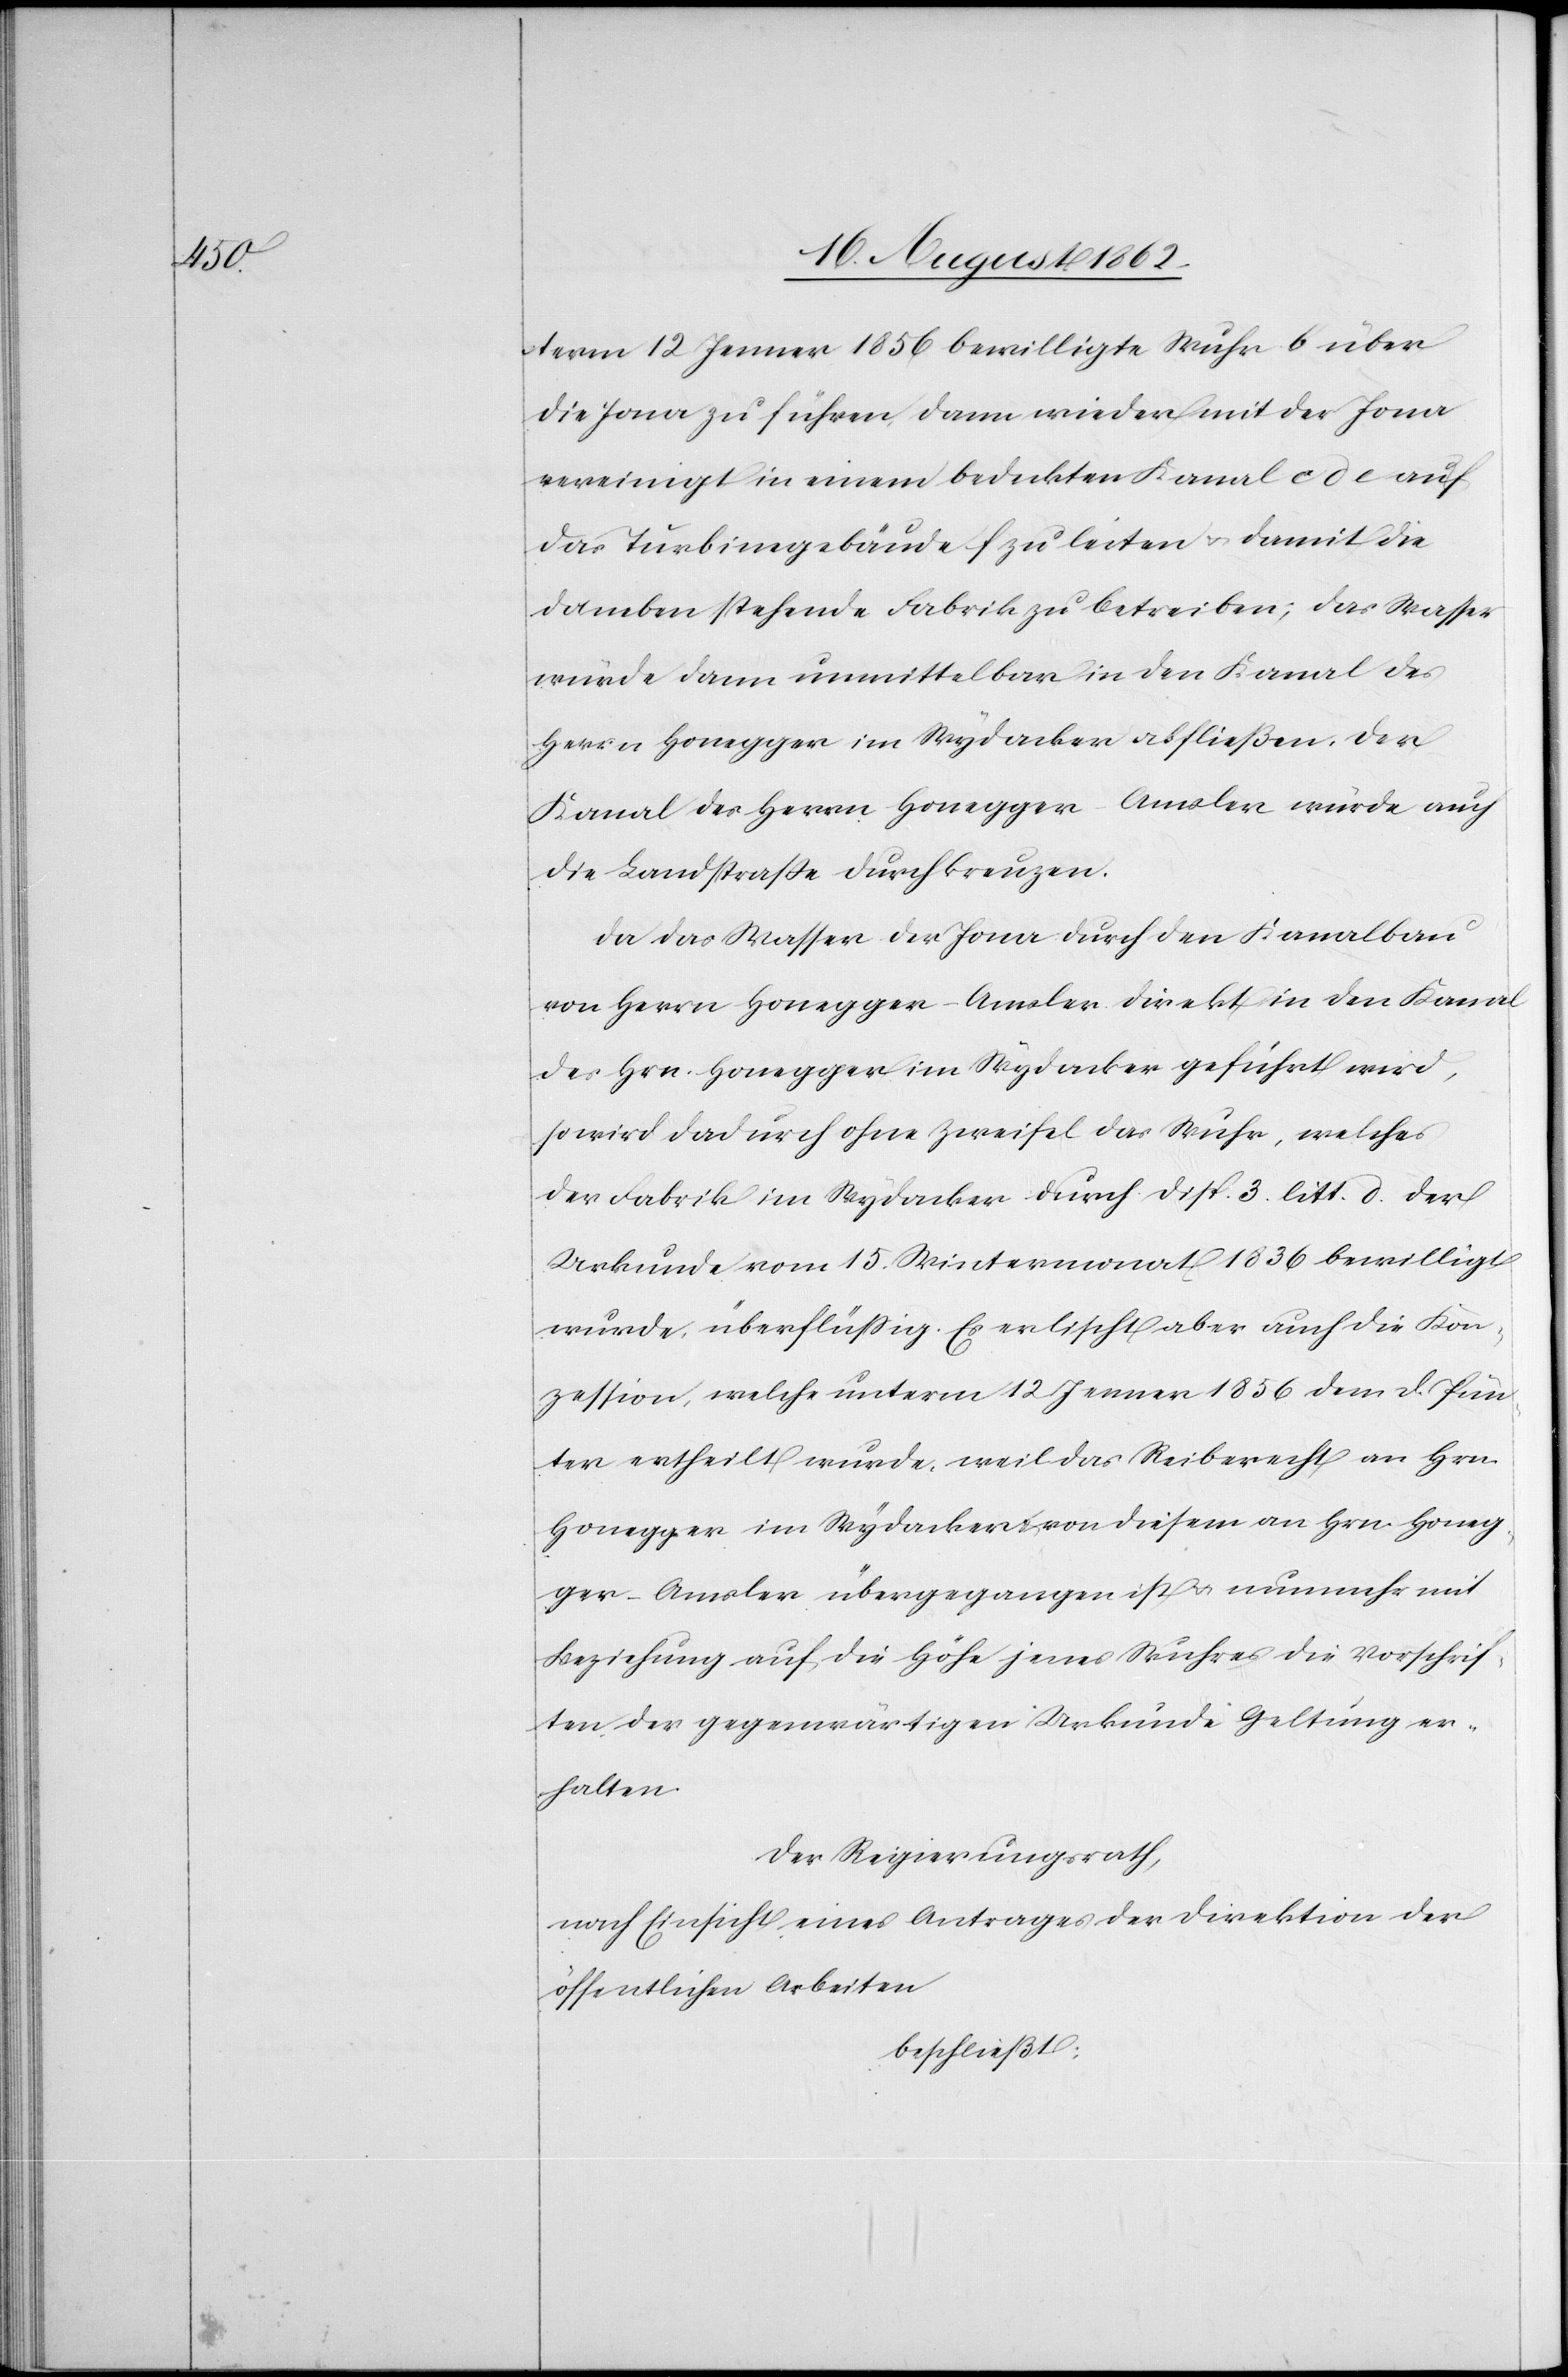
term 12. Jenner 1856 bewilligte Wuhr b über
die Jona zu führen, dann wieder mit der Jona
vereinigt in einem bedeckten Kanal cde auf
das Turbinengebäude zu leiten u. damit die
daneben] stehende Fabrik zu betreiben; das Wasser
würde dann unmittelbar in den Kanal des
Herrn Honegger im Wydacker abfließen. Der
Kanal des Herrn Honegger Amsler würde auch
die Landstraße durchkreuzen.
Da das Wasser der Jona durch den Kanalbau
von Herrn Honegger-Amsler direkt in den Kanal
des Hrn. Honegger im Wydacker geführt wird,
so wird dadurch ohne Zweifel das Wuhr, welches
der Fabrik im Wydacker durch Disp. 3 litt. d der
Urkunde vom 15. Wintermonat 1836 bewilligt
wurde, überflüßig. Es erlischt aber auch die Kon¬
zession, welche unterm 12. Jenner 1856 dem D. Pün¬
ter ertheilt wurde, weil das Reiberecht an Hrn.
Honegger im Wydacker u. von diesem an Hrn. Honeg¬
ger-Amsler übergegangen mit u. nunmehr mit
Beziehung auf die Höhe jenes Wuhres die Vorschrif¬
ten der gegenwärtigen Urkunde Geltung er¬
halten.
Der Regierungsrath,
nach Einsicht eines Antrages der Direktion der
öffentlichen Arbeiten.
beschließt: